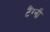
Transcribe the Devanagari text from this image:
टैंग्नी